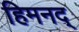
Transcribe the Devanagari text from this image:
हिमनद्